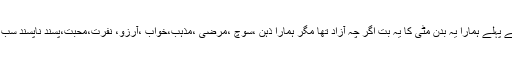
بیٹا آج سے پہلے ہمارا یہ بدن مٹی کا یہ بت اگر چہ آزاد تھا مگر ہمارا ذہن ،سوچ ،مرضی ،مذہب،خواب ،آرزو، نفرت،محبت،پسند ناپسند سب قید تھے۔